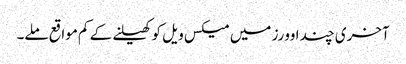
آخری چند اوورز میں میکس ویل کو کھیلنے کے کم مواقع ملے۔